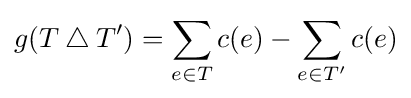
g(T\mathbin {\triangle } T')=\sum _{e\in T}c(e)-\sum _{e\in T'}c(e)